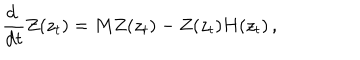
\displaystyle { \frac { \mathrm { d } ~ } { \mathrm { d } t } Z ( z _ { t } ) = M Z ( z _ { t } ) - Z ( z _ { t } ) H ( z _ { t } ) } \, ,